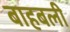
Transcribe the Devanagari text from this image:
बाहबली